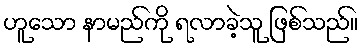
ဟူသော နာမည်ကို ရလာခဲ့သူ ဖြစ်သည်။